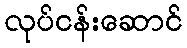
လုပ်ငန်းဆောင်